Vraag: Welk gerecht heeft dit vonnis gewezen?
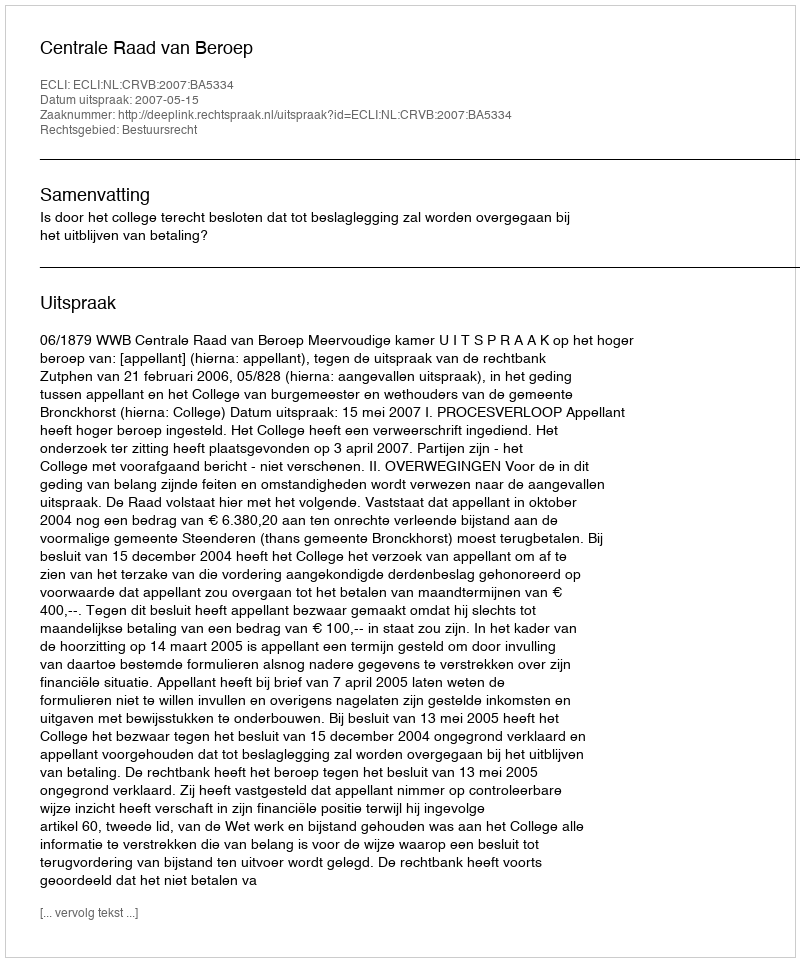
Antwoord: Centrale Raad van Beroep